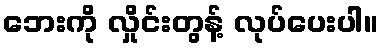
ဘေးကို လှိုင်းတွန့် လုပ်ပေးပါ။